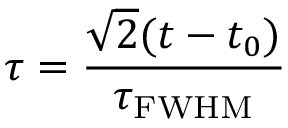
\tau = \frac { \sqrt { 2 } ( t - t _ { 0 } ) } { \tau _ { \mathrm { F W H M } } }